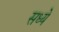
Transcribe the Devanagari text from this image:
सध्ये